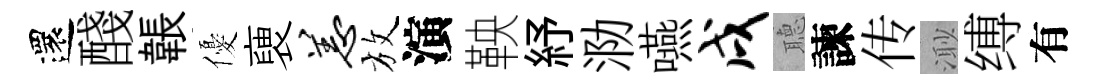
還醆韔優褏恙放演鞅紓泐嚥戌𦗟諫传𣺌缚有